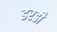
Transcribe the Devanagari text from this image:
डरडी